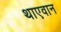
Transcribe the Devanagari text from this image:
थाएवान